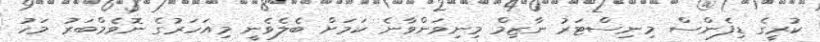
ކުރީގެ ޑިފެންސް މިނިސްޓަރު ނާޒިމް މިނިވަންވާނެ ކަމަށް ބެލެވެނީ މިއަހަރުގެ ނޮވެމްބަރު މަހު